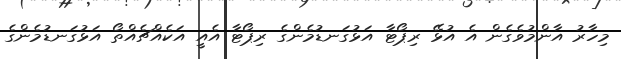
މިހާރު އާންމުވެގެން އެ އުޅޭ ރިޕޯޓާ އަޅުގަނޑުމެންގެ ރިޕޯޓާ އެއީ އަކެއްޗެއްތޯ އަޅުގަނޑުމެންގެ